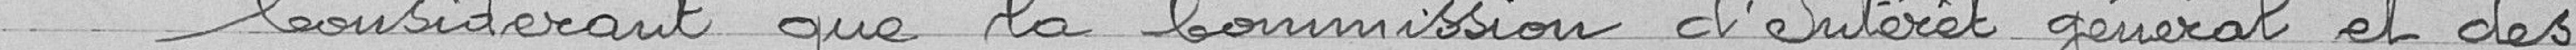
Considérant que la Commission d'intérêt général et des